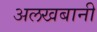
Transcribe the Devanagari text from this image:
अलखबानी